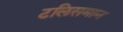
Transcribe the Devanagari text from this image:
टलिसमान